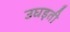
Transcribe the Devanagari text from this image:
उघड़ती